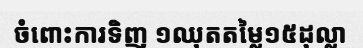
ចំពោះការទិញ ១ឈុតតម្លៃ១៥ដុល្លា